Vaccination North-Western Provinces and Oudh 1878-1895 - 1878-1895
Year: 1878
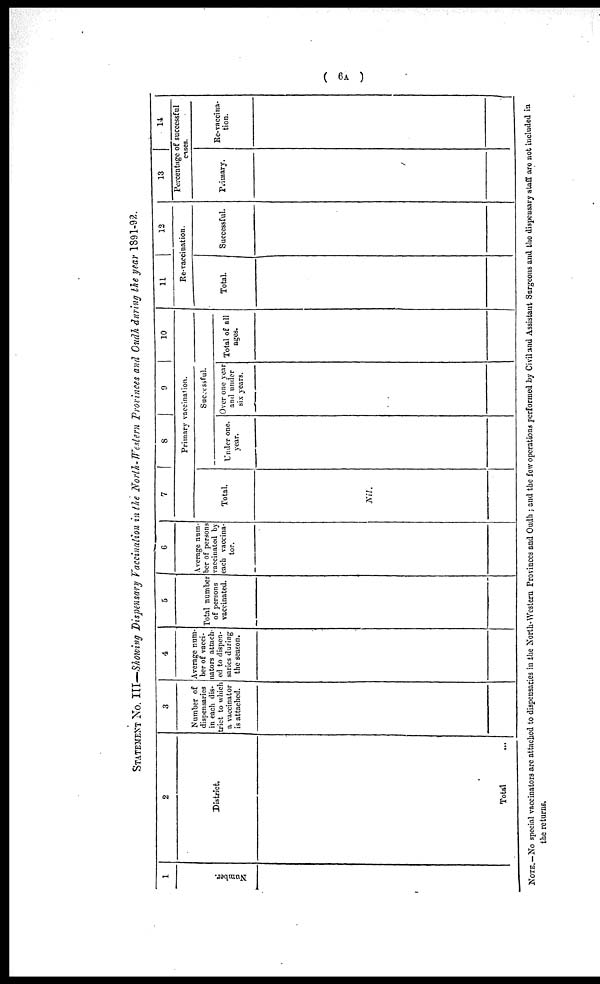
( 6A )
STATEMENT No. III—Showing Dispensary Vaccination in the North-Western Provinces and Oudh during the year 1891-92.
1
Number
2
District.
Total ...
3
Number of
dispensaries
in each dis-
trict to which
a vaccinator
is attached.
4
Average num-
ber of vacci-
nators attach-
ed to dispen-
saries during
the season.
5
Total number
of persons
vaccinated.
6
Average num-
ber of persons
vaccinated by
each vaccina-
tor.
7
Total.
Nil.
8
9
10
Primary vaccination.
Successful.
Under one.
year.
Over one year
and under
six years.
Total of all
ages.
11
12
Re-vaccination.
Total.
Successful.
13
14
Percentage of successful
cases.
Primary.
Re-vaccina-
tion.
NOTE.-No special vaccinators are attached to dispensaries in the North-Western Provinces and Oudh ; and the few operations performed by Civil and Assistant Surgeons and the dispensary staff are not included in
the returns.